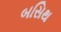
બસિથ